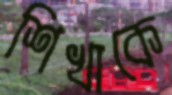
শিখাকে